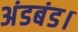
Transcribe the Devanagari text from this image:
अंडबंड।